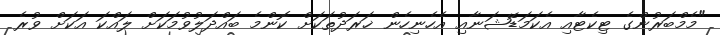
"މެމްބަރުންގެ ޓިކެޓާއި އެކަމަޑޭޝަނާއި އެހެނިހެން ޚަރަދުތަކަށް ކޮންމެ ބައްދަލުވުމަކަށް ލައްކަ އަކަށް ވުރެ